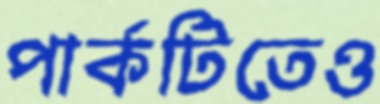
পার্কটিতেও